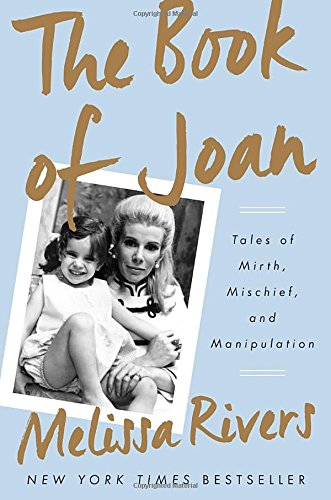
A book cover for The Book of Joan: Tales of Mirth, Mischief, and Manipulation; Melissa Rivers; Humor & Entertainment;